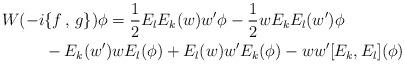
LaTeX: \begin{align*} W(-i&\{f\,,\,g\})\phi=\frac {1}{2}E_lE_k(w)w'\phi-\frac{1}{2}wE_kE_l(w')\phi\\&-E_k(w')wE_l(\phi)+E_l(w)w'E_k(\phi)-ww'[E_k,E_l](\phi)\end{align*}